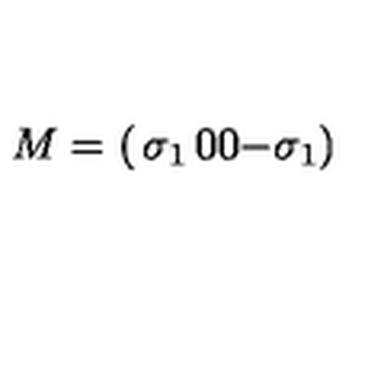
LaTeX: M = \left( \begin{matrix} { \sigma _ { 1 } } & { 0 } \\ { 0 } & { - \sigma _ { 1 } } \\ \end{matrix} \right)